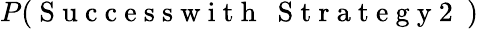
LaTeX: P(\mathrm{~S~u~c~c~e~s~s~w~i~t~h~\textbf~{~S~t~r~a~t~e~g~y~2~}~})